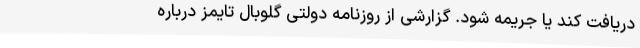
دریافت کند یا جریمه شود. گزارشی از روزنامه دولتی گلوبال تایمز درباره